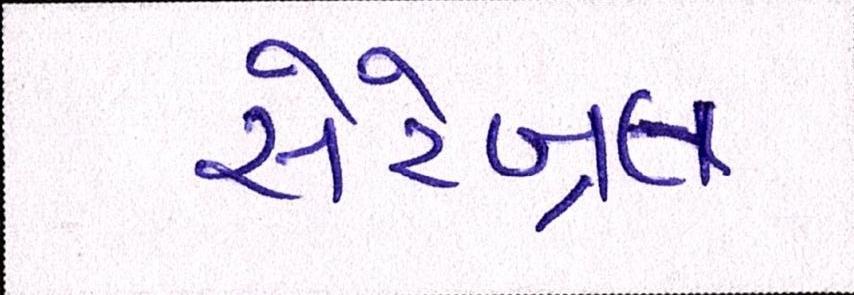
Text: સેરેબ્રલ